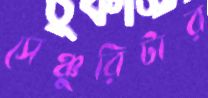
সেঞ্চুরিটার